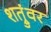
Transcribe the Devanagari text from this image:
शत्रुंवर